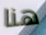
هنا